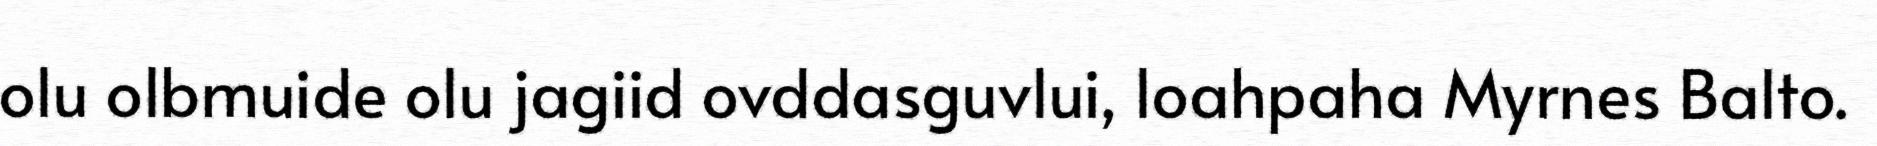
olu olbmuide olu jagiid ovddasguvlui, loahpaha Myrnes Balto.